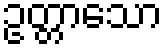
ဥတ္တာသော